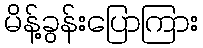
မိန့်ခွန်းပြောကြား